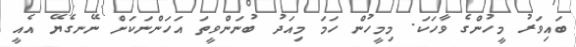
ބައިވަރު މީހުންގެ ވާހަކަ. މިމީހުން ހަމަ މިއަދު ބުނަންވީތަ އަހަންނަކަށް ނޭނގެޔޭ އެއީ